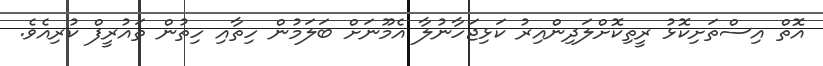
އޮތް އިސްތަށިކޮޅު ރީތިކޮށްލަދިންއިރު ކަޅިޖަހާނުލާ އެމޫނަށް ބަލަމުން ހިތާއި ހިތުން ތައުރީފް ކުރިއެވެ.